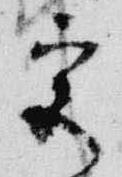
宮